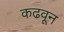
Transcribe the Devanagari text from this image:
कढवून